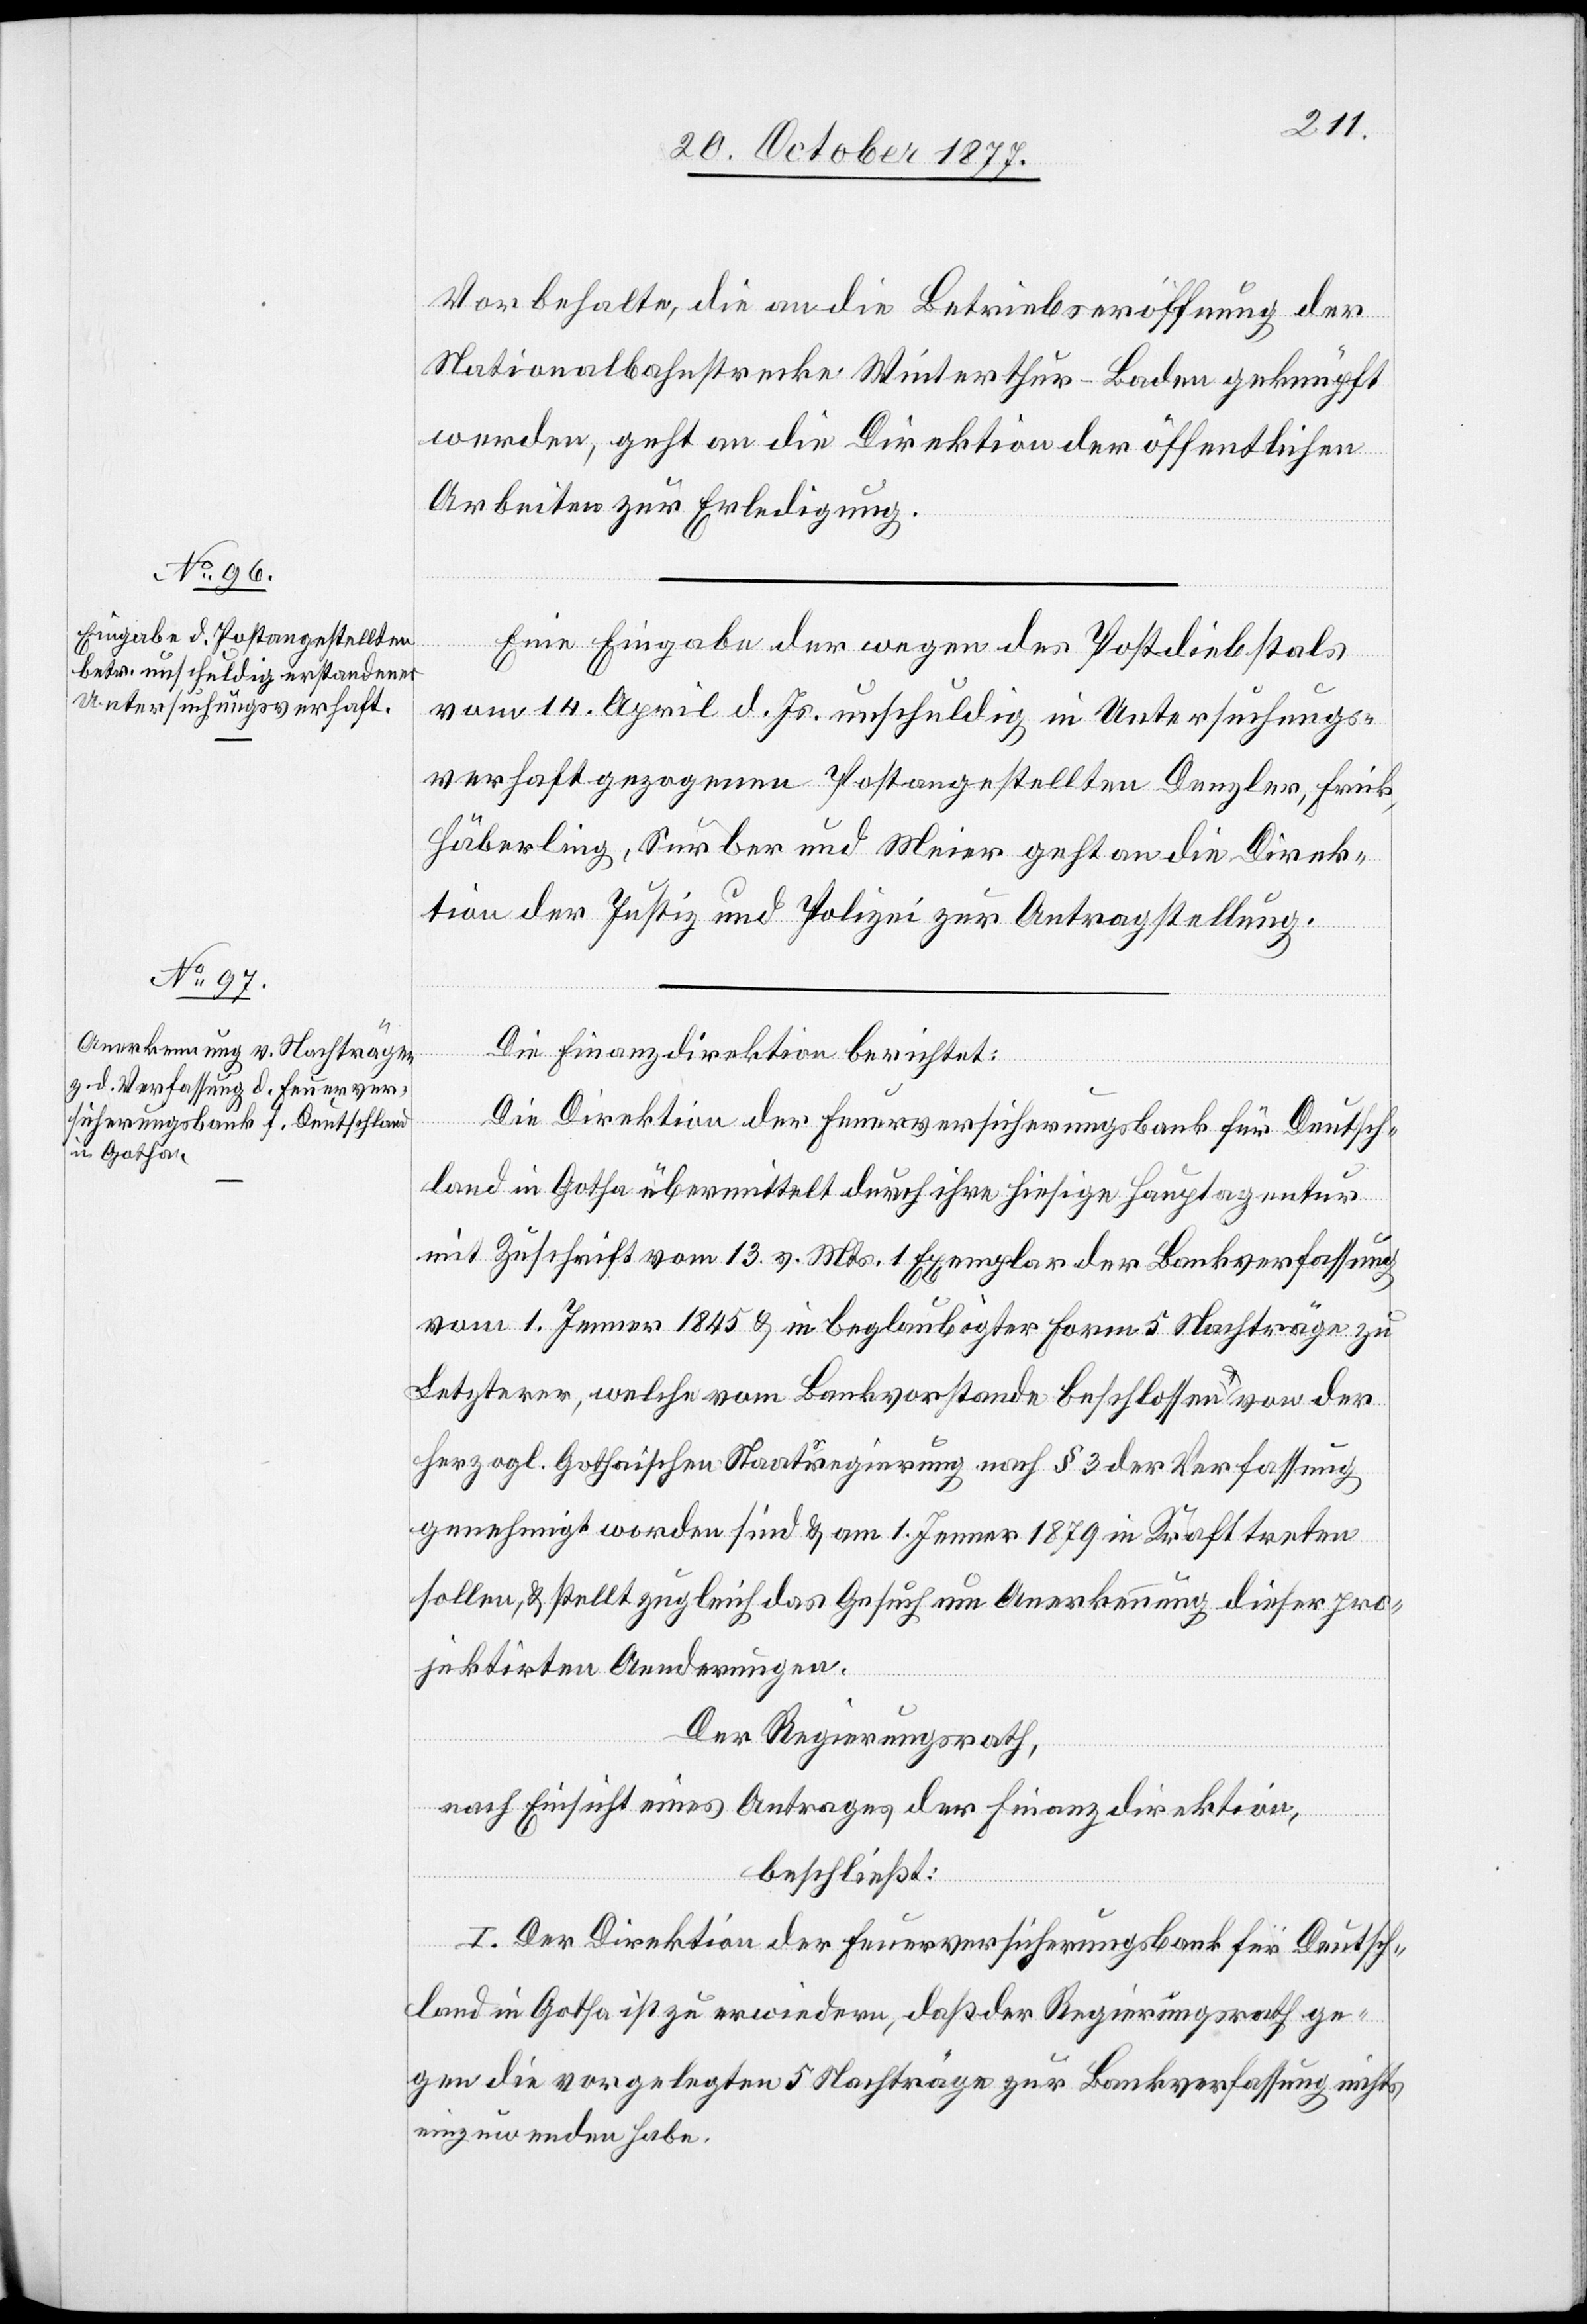
Vorbehalte, die an die Betriebseröffnung der
Nationalbahnstrecke Winterthur–Baden geknüpft
werden, geht an die Direktion der öffentlichen
Arbeiten zur Erledigung.
Eine Eingabe der wegen des Postdiebstals
vom 14. April d. Js. unschuldig in Untersuchungs¬
verhaft gezogenen Postangestellten Denzler, Frick,
Häberling, Surber und Meier geht an die Direk¬
tion der Justiz und Polizei zur Antragstellung.
Die Finanzdirektion berichtet:
Die Direktion der Feuerversicherungsbank für Deutsch¬
land in Gotha übermittelt durch ihre hiesige Hauptagentur
mit Zuschrift vom 13. v. Mts. 1 Exemplar der Bankverfassung
vom 1. Jenner 1845 & in beglaubigter Form 5 Nachträge zu
Letzterer, welche vom Bankvorstande beschlossen & von der
herzogl. Gothaischen Staatsregierung nach § 3 der Verfassung
genehmigt worden sind & am 1. Jenner 1879 in Kraft treten
sollen, & stellt zugleich das Gesuch um Anerkennung dieser pro¬
jektirten Aenderungen.
Der Regierungsrath,
nach Einsicht eines Antrages der Finanzdirektion,
beschließt:
I. Der Direktion der Feuerversicherungsbank für Deutsch¬
land in Gotha ist zu erwiedern, daß der Regierungsrath ge¬
gen die vorgelegten 5 Nachträge zur Bankverfassung nichts
einzuwenden habe.